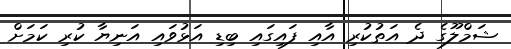
ޝަމްލޫގެ ދެ އަތުކުރި އާއި ފައިގައި ބިޑި އަޅުވައި އަނިޔާ ކުރި ކަމަށް